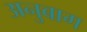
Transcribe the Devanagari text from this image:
अनुबाग